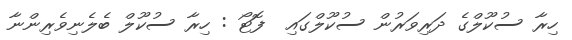
ހިރާ ސުކޫލްގެ ދަރިވަރުން ސުކޫލްގައި  ފޮޓޯ : ހިރާ ސުކޫލް ބެލެނިވެރިންނާ